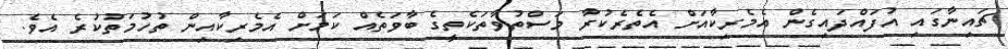
ޗައިނާގައި އުފައްދައިގެން އެމެރިކާއަށް އެތެރެކުރާ މަސްތުވާތަކެތީގެ ބާވަތެއް ކަމަށް އެމެރިކާއިން ތުހުމަތުކުރެ އެވެ.